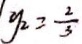
y _ { 2 } = \frac { 2 } { 3 }